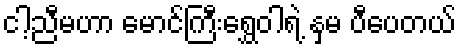
ငါ့ညီမဟာ မောင်ကြီးရွှေဝါရဲ့ နှမ ပီပေတယ်